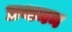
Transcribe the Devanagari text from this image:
प्रथमन